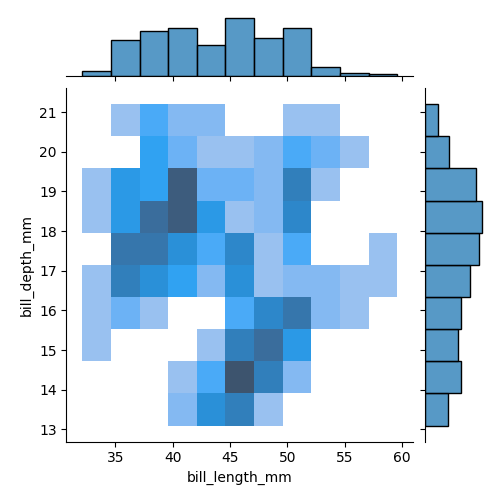
python, seaborn, jointplot, kind='hist', height='5', ratio='5', marginal_ticks='False'